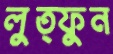
লুত্ফুন